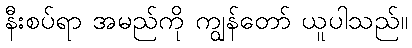
နီးစပ်ရာ အမည်ကို ကျွန်တော် ယူပါသည်။